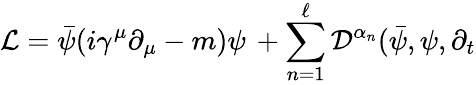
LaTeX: \mathcal{L}=\bar{\psi}(i\gamma^{\mu}\partial_{\mu}-m)\psi\, +\sum_{n=1}^{\ell}\mathcal{D}^{\alpha_{n}}(\bar{\psi},\psi,\partial_{t}